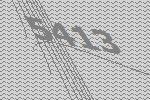
5413